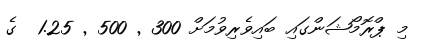
މި ޕްރޮމޯޝަންގައި ބައިވެރިވުމަށް 300